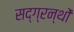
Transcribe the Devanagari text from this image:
सद्ग्रन्थों